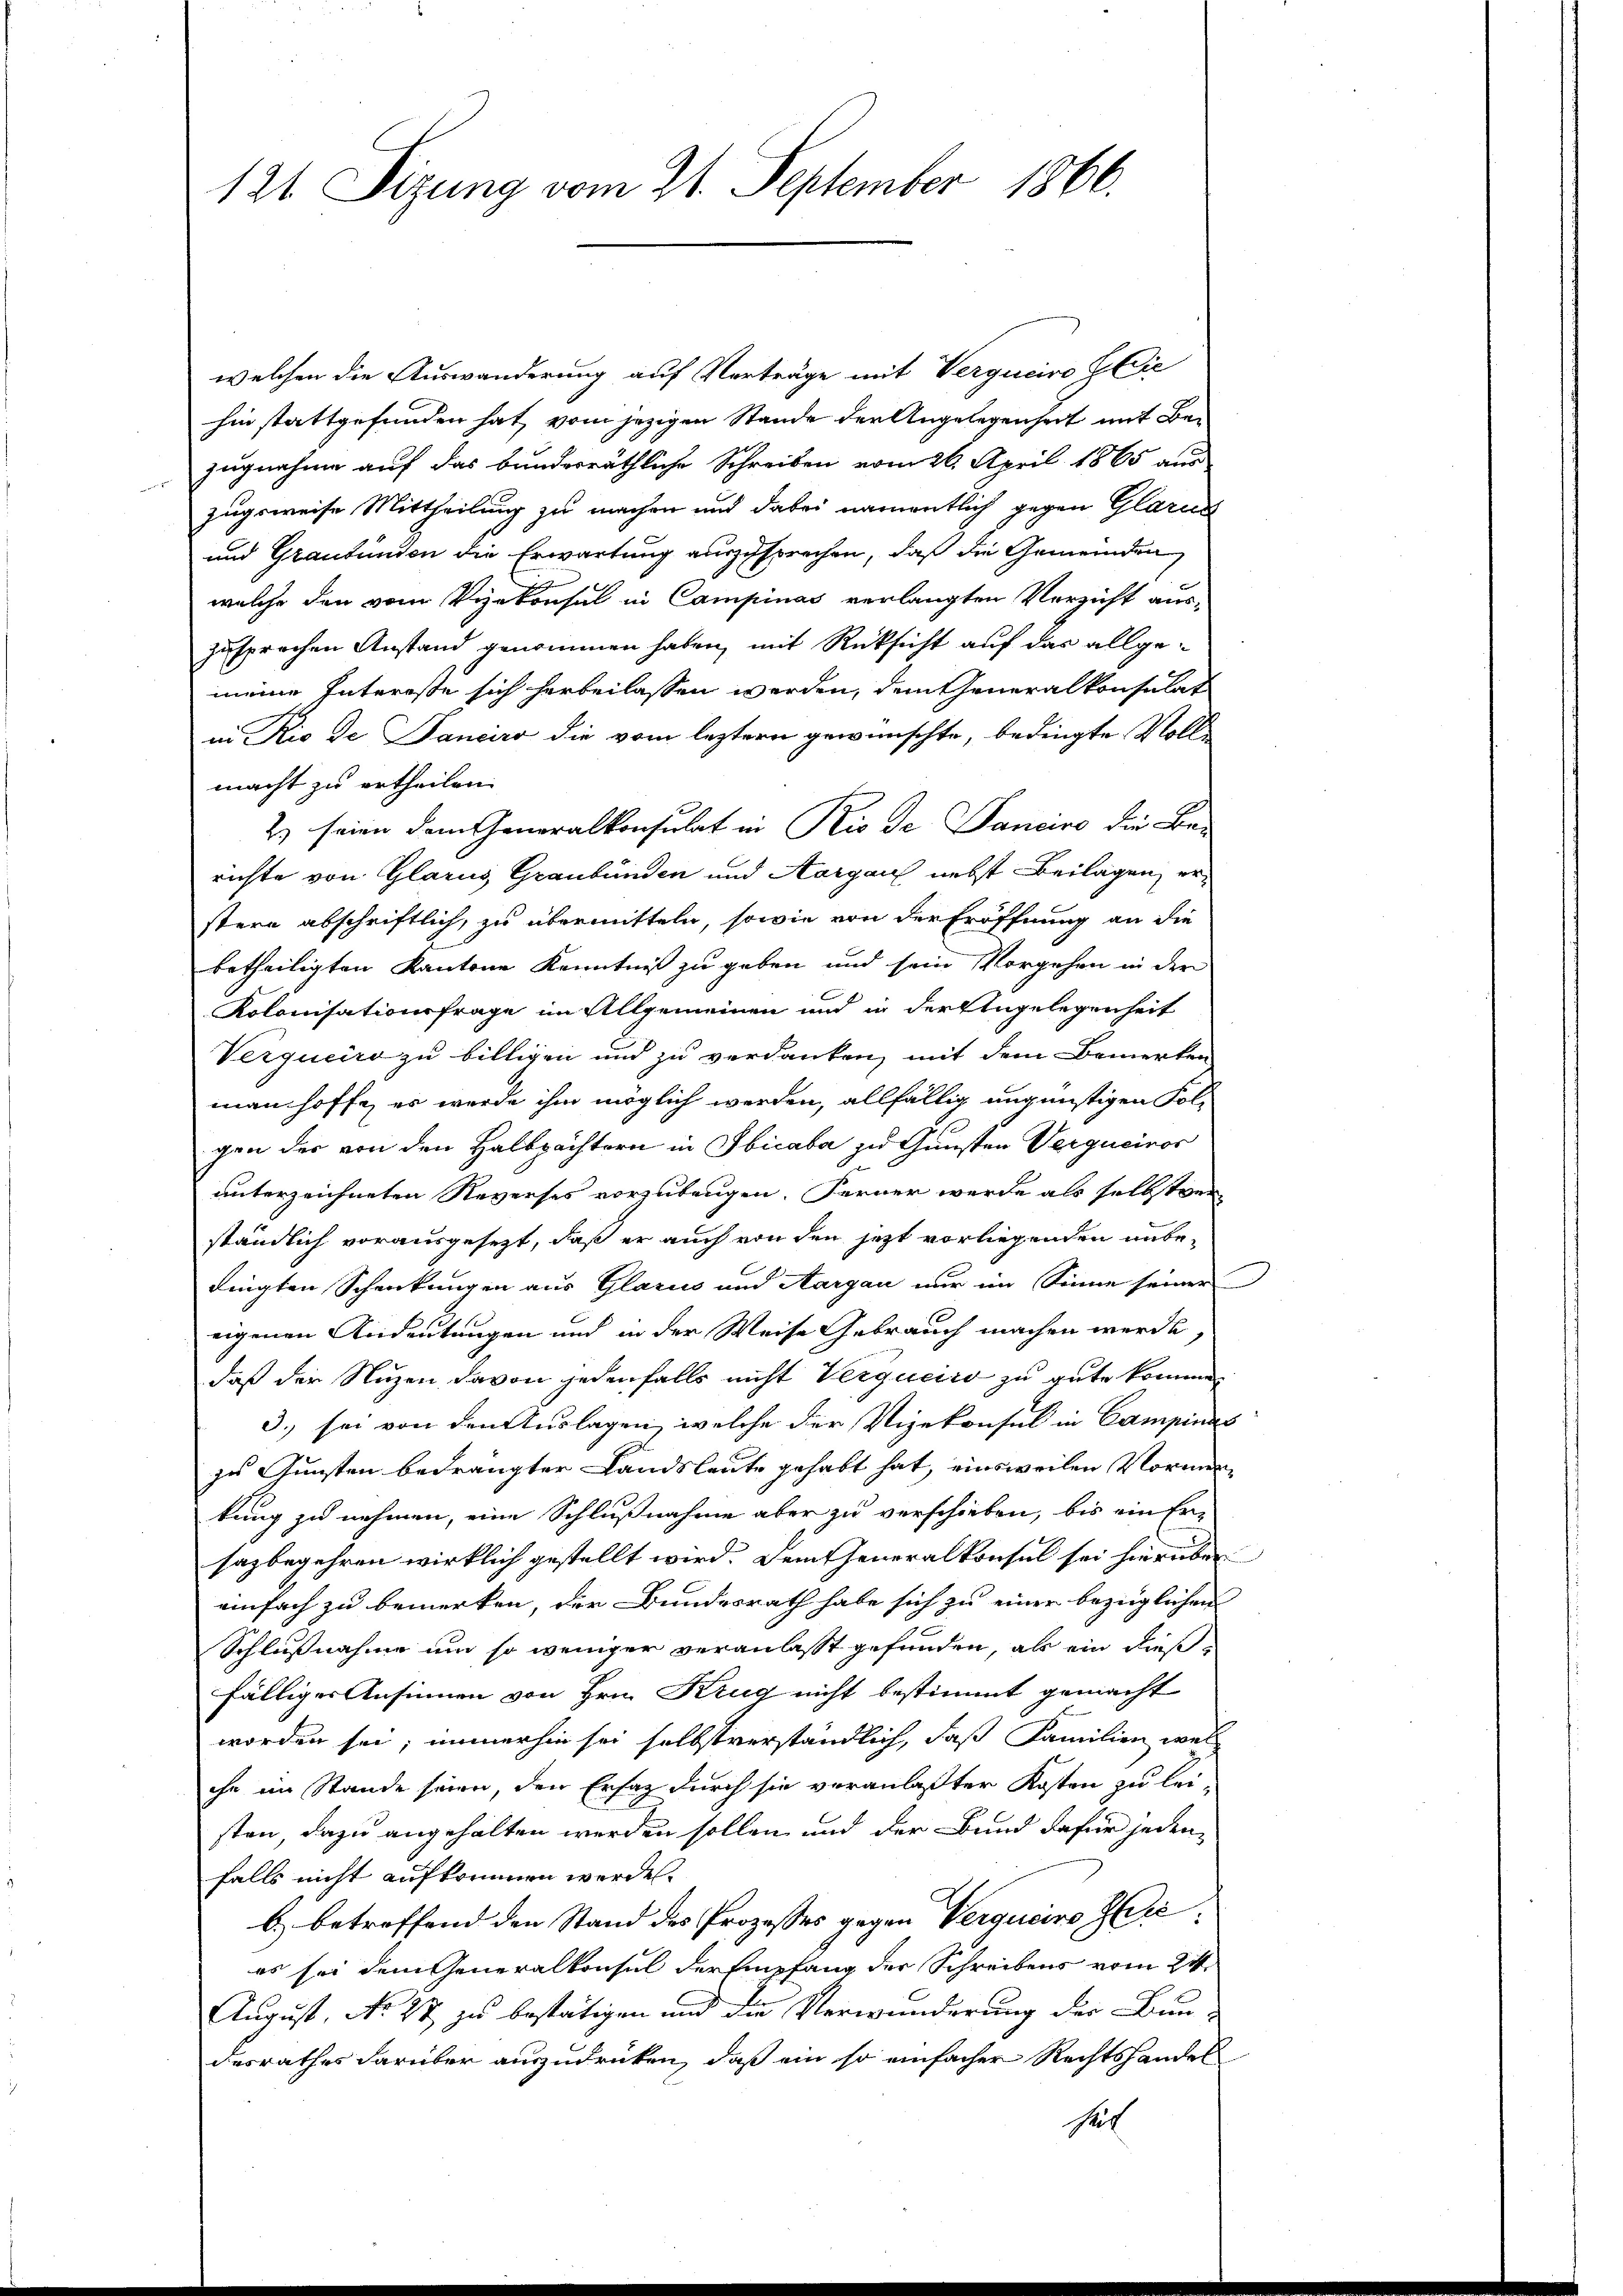
121. Sizung vom 21. September 1866.

welchen die Auswanderung auf Verträge mit Vergucire Glie
hin stattgefunden hat, vom jezigen Stande der Angelegenheit mit Bezugnahme auf das bundesräthliche Schreiben vom 26. April 1865 aus
zugsweise Mittheilung zu machen und dabei namentlich gegen Glarus
und Graubünden die Erwartung auszusprechen, daß die Gemeinden
welche den vom Vizekonsul in Campinas verlangten Verzicht auszusprechen Anstand genommen haben, mit Rücksicht auf das allgemeine Intereste sich herbeilassen werden, dem Generalkonsulat
in Rio de Sanciro die vom leztern gewünschte, bedingte Vollmacht zu ertheilen.
2) seien dem Generalkonsulat in Rio de Pancino die Be-
richte von Glarus Graubünden und Aargau nebst Beilagen, erstern abschriftlich, zu übermitteln, sowie von der Eröffnung an die
betheiligten Kantone Kenntniß zu geben und sein Vorgehen in der
Kolonisationsfrage im Allgemeinen und in der Angelegenheit
Verquciro zu billigen und zu verdanken, mit dem Bemerken
man hoffe, es werde ihm möglich werden, allfällig ungünstigen Fol-
gen des von den Halbpachtern in Ibicaba zu Gunsten Vergueivor
unterzeichneten Reverses vorzubeugen. Ferner werde als selbstver
ständlich vorausgesezt, daß er auch von den jetzt vorliegenden unbedingten Schenkungen aus Glarus und Aargau nur im Sinne seiner
eigenen Andeutungen und in der Weise Gebrauch machen werde,
daß der Nuzen davon jedenfalls nicht Verqueiro zu gute kommen
3. sei von den Auslagen, welche der Vizekonsul in Campinas
zu Gunsten bedrängter Landsleute gehabt hat, einsweilen Vormen
kung zu nehmen, eine Schlußnahme aber zu verschieben, bis ein Er-
sazbegehren wirklich gestellt wird. Dem Generalkonsul sei hierüber
einfach zu bemerken, der Bundesrath habe sich zu einer bezüglichen
Schlußnahme um so weniger veranlasst gefunden, als ein dießfälliger Ansinnen von Hrn. Krug nicht bestimmt gemacht
worden sei; immerhin sei selbstverständlich, daß Familien welchn im Stande seien, den Ersatz durch sie veranlaßter Kosten zu lei-
sten, dazu angehalten werden sollen und der Bund dafür jeden
falls nicht aufkommen werden.
b) betreffend den Stand des Prozesses gegen Verguciro Zie
es sei dem Generalkonsul der Empfang der Schreibens vom 24.
August, No 27 zu bestätigen und die Verwunderung der Bun-
desrathes darüber auszudrücken, daß ein so einfacher Rechtshandes
hel